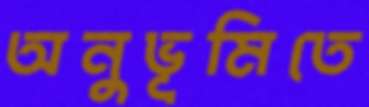
অনুভূমিতে